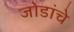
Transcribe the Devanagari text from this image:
जोडांचे